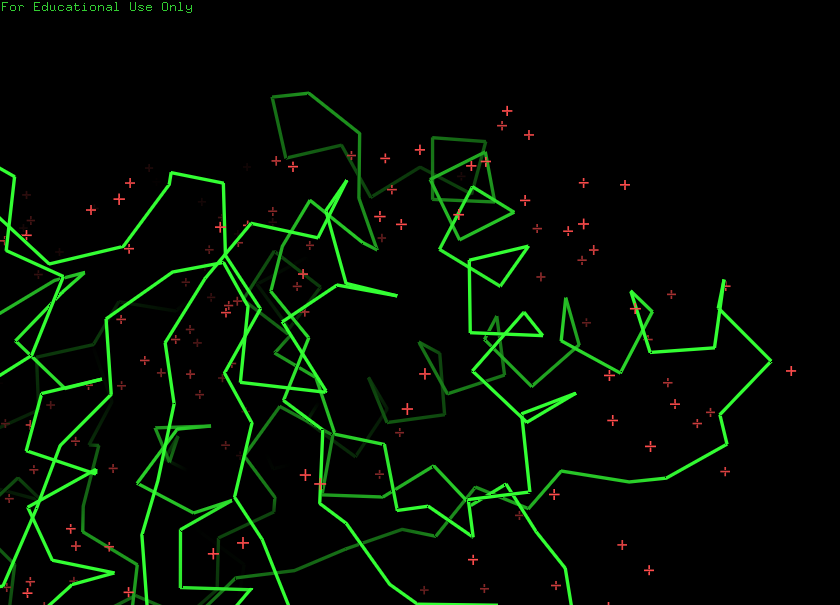
pymol, preset, simple